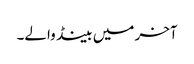
آخر میں بینڈ والے۔